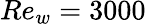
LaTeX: Re_{w}=3000